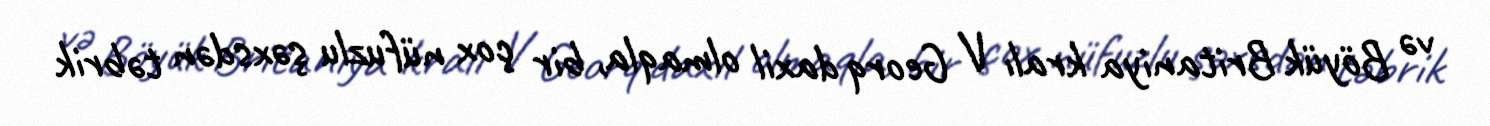
və Böyük Britaniya kralı V Georq daxil olmaqla, bir çox nüfuzlu şəxsdən təbrik